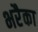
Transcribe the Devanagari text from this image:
भरैका